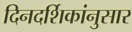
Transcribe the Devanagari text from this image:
दिनदर्शिकांनुसार